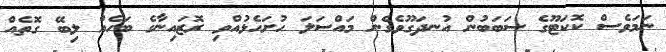
ނަމަވެސް ކޮކަޓޫގެ ސަބަބުން އުނދަގޫވެގެން މައްސަލަ ހުށަހެޅުއްވި ރޮޒައިނާގެ ބަހެއް ލިބޭ ގޮތެއް